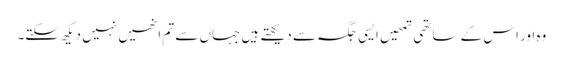
وہ اور اس کے ساتھی تمھیں ایسی جگہ سے دیکھتے ہیں جہاں سے تم انھیں نہیں دیکھ سکتے۔